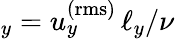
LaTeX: _y=u_{y}^{\mathrm{(rms)}}\, \ell_{y}/\nu